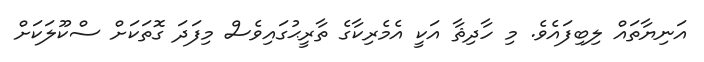
އަނިޔާތައް ލިބިފައެވެ. މި ހާދިޘާ އަކީ އެމެރިކާގެ ތާރީޙުގައިވެސް މިފަދަ ގޮތަކަށް ސްކޫލަކަށް